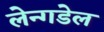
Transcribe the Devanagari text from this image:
लेन्गडेल